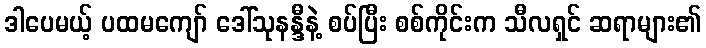
ဒါပေမယ့် ပထမကျော် ဒေါ်သုနန္ဒီနဲ့ စပ်ပြီး စစ်ကိုင်းက သီလရှင် ဆရာများ၏